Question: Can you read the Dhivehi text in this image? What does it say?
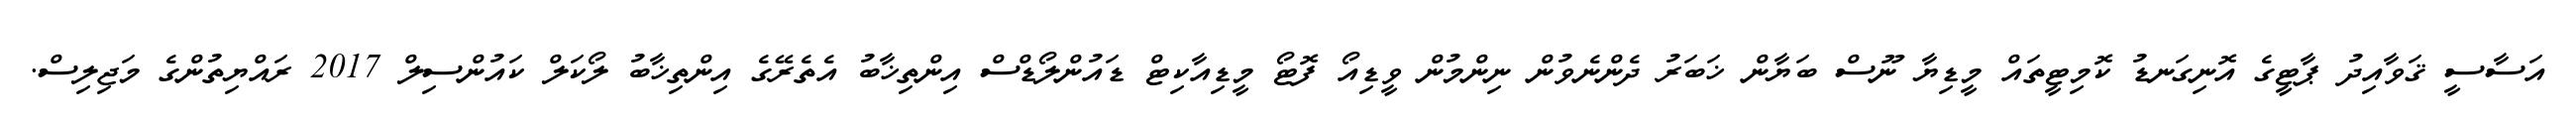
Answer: އަސާސީ ޤަވާއިދު ޕާޓީގެ އޮނިގަނޑު ކޮމިޓީތައް މީޑިޔާ ނޫސް ބަޔާން ޚަބަރު ދެންނެވުން ނިންމުން ވީޑިއޯ ފޮޓޯ މީޑިއާކިޓް ޑައުންލޯޑްސް އިންތިޚާބު އެތެރޭގެ އިންތިޚާބު ލޯކަލް ކައުންސިލް 2017 ރައްޔިތުންގެ މަޖިލިސް.